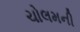
ચોલમની